Leaving Certificate Examination, 1903
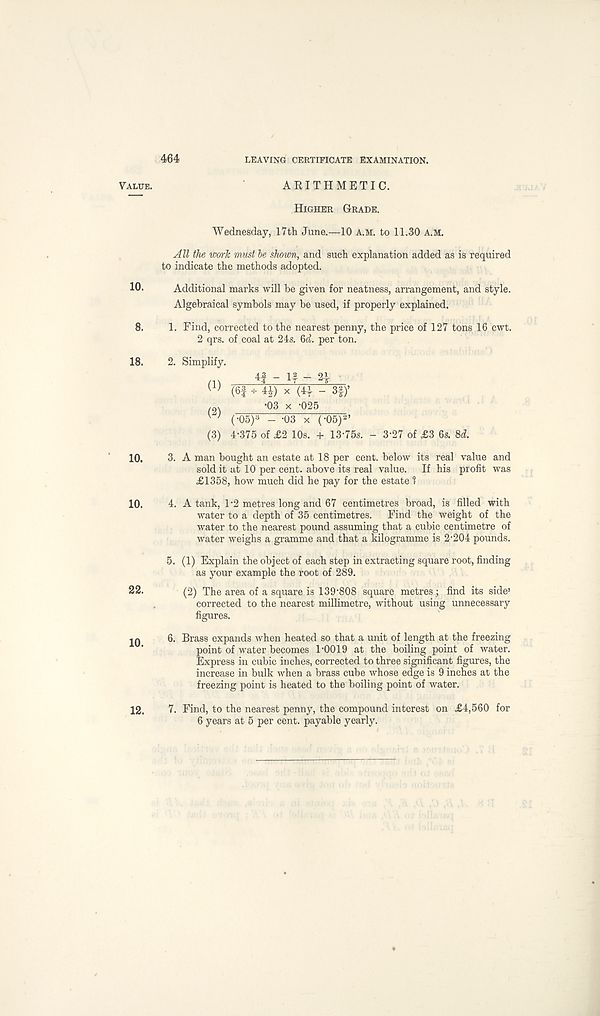
464
LEAVING CERTIFICATE EXAMINATION.
ARITHMETIC.
Higher Grade.
Wednesday, 17th June.—10 A.M. to 11.30 a.m.
All the work must he shown, and such explanation added as is required
to indicate the methods adopted.
Additional marks will be given for neatness, arrangement, and style.
Algebraical symbols may be used, if properly explained.
1. Find, corrected to the nearest penny, the price of 127 tons 16 cwt.
2 qrs. of coal at 24s. 6d. per ton.
2. Simplify.
(2) /0N
' UO X -UZO
K ’ (-05) 3 - -03 x (-05) 2 ’
(3) 4-375 of £2 10s. + 13-75s. - 3-27 of £3 6s. 8d.
3. A man bought an estate at 18 per cent, below its real value and
sold it at 10 per cent, above its real value. If his profit was
£1358, how much did he pay for the estate 1
4. A tank, T2 metres long and 67 centimetres broad, is filled with
water to a depth of 35 centimetres. Find the weight of the
water to the nearest pound assuming that a cubic centimetre of
water weighs a gramme and that a kilogramme is 2-204 pounds.
5. (1) Explain the object of each step in extracting square root, finding
as your example the root of 289.
(2) The area of a square is 139-808 square metres; find its side*
corrected to the nearest millimetre, without using unnecessary
figures.
6. Brass expands when heated so that a unit of length at the freezing
point of water becomes 1-0019 at the boiling point of water.
Express in cubic inches, corrected to three significant figures, the
increase in bulk when a brass cube whose edge is 9 inches at the
freezing point is heated to the boiling point of water.
7. Find, to the nearest penny, the compound interest on £4,560 for
6 years at 5 per cent, payable yearly.